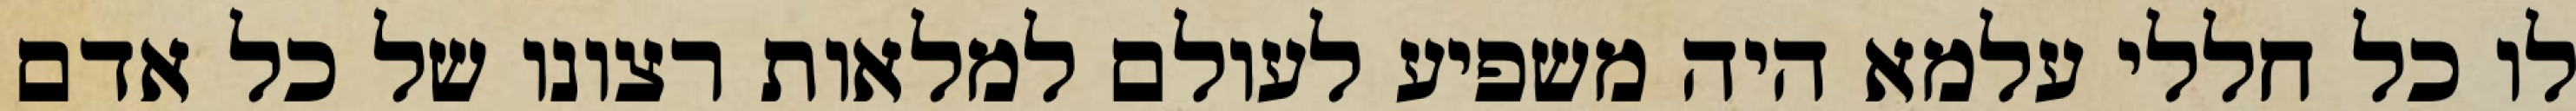
לו כל חללי עלמא היה משפיע לעולם למלאות רצונו של כל אדם